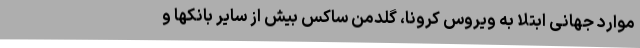
موارد جهانی ابتلا به ویروس کرونا، گلدمن ساکس بیش از سایر بانکها و